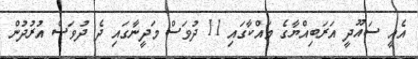
އެއީ ސައޫދީ އަރަބިއްޔާގެ މައްކާގައި 11 ދުވަސް މަދީނާގައި ދެ ދުވަސް އުރުދުން